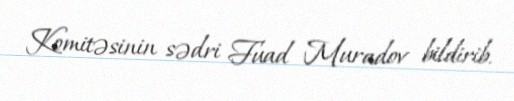
Komitəsinin sədri Fuad Muradov bildirib.